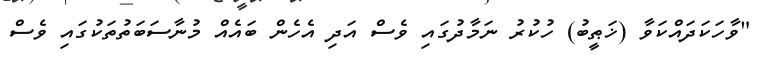
"ވާހަކަދައްކަވާ (ޚަޠީބު) ހުކުރު ނަމާދުގައި ވެސް އަދި އެހެން ބައެއް މުނާސަބަތުތަކުގައި ވެސް